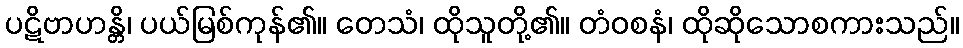
ပဋိဗာဟန္တိ၊ ပယ်မြစ်ကုန်၏။ တေသံ၊ ထိုသူတို့၏။ တံဝစနံ၊ ထိုဆိုသောစကားသည်။